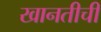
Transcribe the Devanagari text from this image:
खानतीची